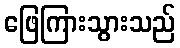
ဖြေကြားသွားသည်